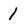
Character: 1